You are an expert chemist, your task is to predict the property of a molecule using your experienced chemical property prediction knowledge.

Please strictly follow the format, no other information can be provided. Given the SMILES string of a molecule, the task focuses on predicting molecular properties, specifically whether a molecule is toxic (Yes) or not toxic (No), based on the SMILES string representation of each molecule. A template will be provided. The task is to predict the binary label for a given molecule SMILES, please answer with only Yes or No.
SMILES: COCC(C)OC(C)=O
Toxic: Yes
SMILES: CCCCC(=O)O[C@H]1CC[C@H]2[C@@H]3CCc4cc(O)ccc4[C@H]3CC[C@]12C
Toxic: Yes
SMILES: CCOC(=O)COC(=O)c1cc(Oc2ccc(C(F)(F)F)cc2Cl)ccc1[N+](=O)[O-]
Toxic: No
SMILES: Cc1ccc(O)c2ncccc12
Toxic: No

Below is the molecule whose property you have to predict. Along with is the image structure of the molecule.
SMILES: C#C[C@]1(O)CC[C@H]2[C@@H]3CCc4cc(OC)ccc4[C@H]3CC[C@@]21C
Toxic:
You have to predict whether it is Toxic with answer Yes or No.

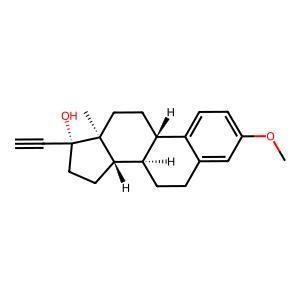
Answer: No